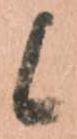
候